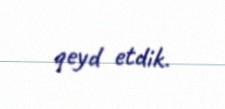
qeyd etdik.